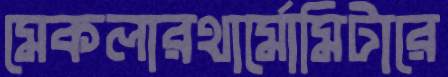
মেকলারথার্মোমিটারে